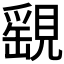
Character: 𧡾